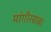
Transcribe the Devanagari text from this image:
मांगीरबाबा